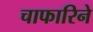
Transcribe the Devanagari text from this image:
चाफारिने